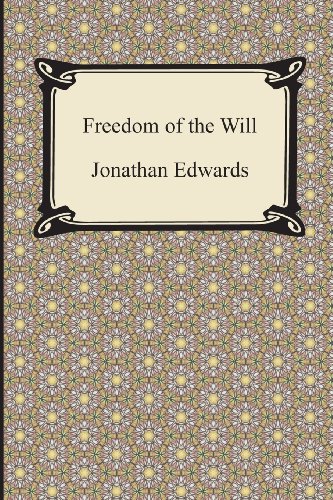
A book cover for Freedom of the Will; Jonathan Edwards; Politics & Social Sciences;